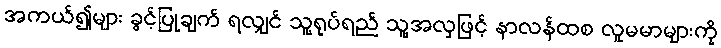
အကယ်၍များ ခွင့်ပြုချက် ရလျှင် သူ့ရုပ်ရည် သူ့အလှဖြင့် နာလန်ထစ လူမမာများကို